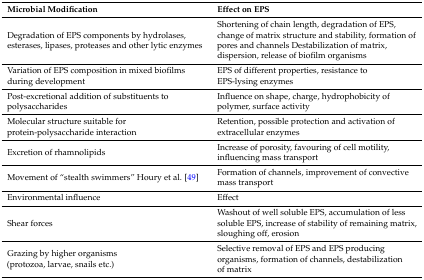
<table><thead><tr><td><b>Microbial Modification</b></td><td><b>Effect on EPS</b></td></tr></thead><tbody><tr><td>Degradation of EPS components by hydrolases, esterases, lipases, proteases and other lytic enzymes</td><td>Shortening of chain length, degradation of EPS, change of matrix structure and stability, formation of pores and channels Destabilization of matrix, dispersion, release of biofilm organisms</td></tr><tr><td>Variation of EPS composition in mixed biofilms during development</td><td>EPS of different properties, resistance to EPS-lysing enzymes</td></tr><tr><td>Post-excretional addition of substituents to polysaccharides</td><td>Influence on shape, charge, hydrophobicity of polymer, surface activity</td></tr><tr><td>Molecular structure suitable for protein-polysaccharide interaction</td><td>Retention, possible protection and activation of extracellular enzymes</td></tr><tr><td>Excretion of rhamnolipids</td><td>Increase of porosity, favouring of cell motility, influencing mass transport</td></tr><tr><td>Movement of “stealth swimmers” Houry et al. [49]</td><td>Formation of channels, improvement of convective mass transport</td></tr><tr><td>Environmental influence</td><td>Effect</td></tr><tr><td>Shear forces</td><td>Washout of well soluble EPS, accumulation of less soluble EPS, increase of stability of remaining matrix, sloughing off, erosion</td></tr><tr><td>Grazing by higher organisms (protozoa, larvae, snails etc.)</td><td>Selective removal of EPS and EPS producing organisms, formation of channels, destabilization of matrix</td></tr></tbody></table>